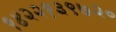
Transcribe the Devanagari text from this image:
९४२२१३९७२०